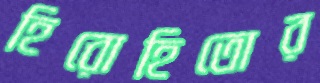
হিরোহিতোর